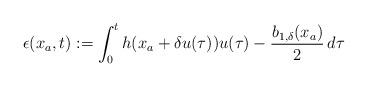
LaTeX: \begin{align*}\epsilon(x_a,t):= \int_0^t h(x_a+\delta u(\tau))u(\tau)-\dfrac{b_{1,\delta}(x_a)}{2} \,d\tau\end{align*}